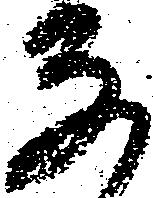
な